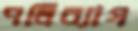
পলিব্যাগ